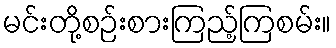
မင်းတို့စဉ်းစားကြည့်ကြစမ်း။